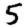
Digit: 5